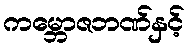
ကမ္ဘောဇဘဏ်နှင့်